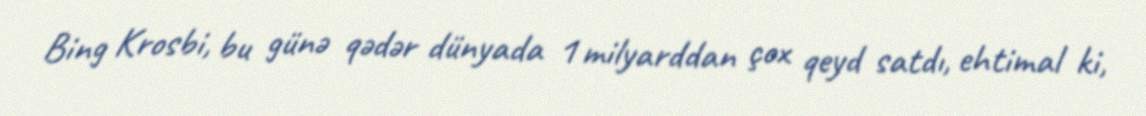
Bing Krosbi, bu günə qədər dünyada 1 milyarddan çox qeyd satdı, ehtimal ki,